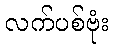
လက်ပစ်ဗုံး